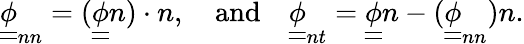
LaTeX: \begin{array}{r}{\underline{{\underline{{\phi}}}}_{nn}=(\underline{{\underline{{\phi}}}}n)\cdot n,\quad\textrm{and}\quad\underline{{\underline{{\phi}}}}_{nt}=\underline{{\underline{{\phi}}}}n-(\underline{{\underline{{\phi}}}}_{nn})n.}\end{array}